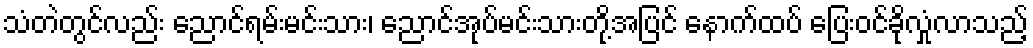
သံတဲတွင်လည်း ညောင်ရမ်းမင်းသား၊ ညောင်အုပ်မင်းသားတို့အပြင် နောက်ထပ် ပြေးဝင်ခိုလှုံလာသည့်